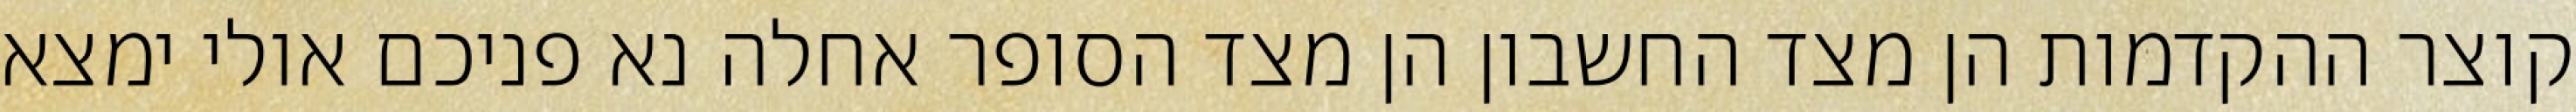
קוצר ההקדמות הן מצד החשבון הן מצד הסופר אחלה נא פניכם אולי ימצא